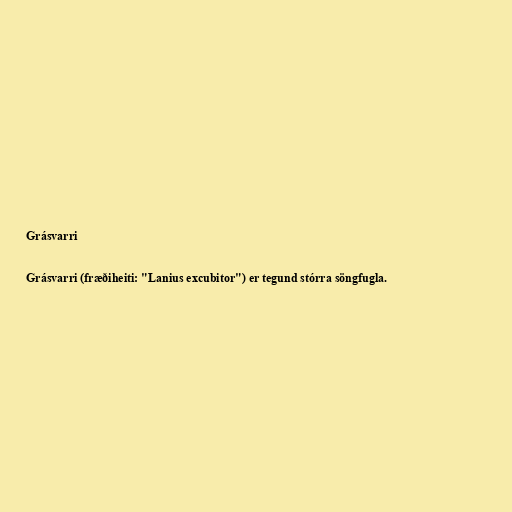
Grásvarri

Grásvarri (fræðiheiti: "Lanius excubitor") er tegund stórra söngfugla.